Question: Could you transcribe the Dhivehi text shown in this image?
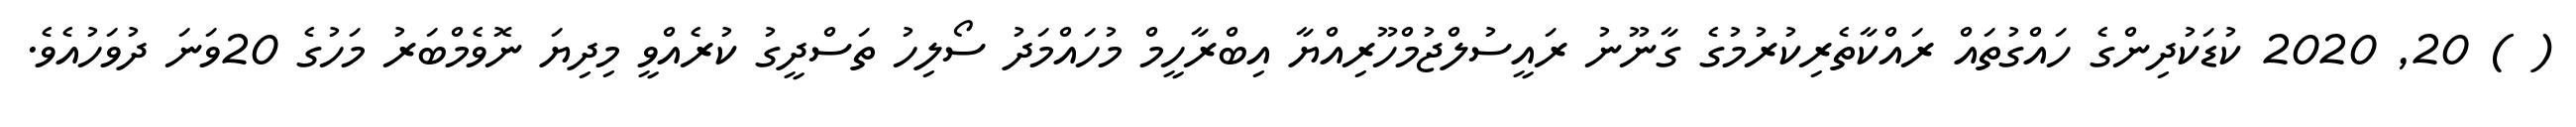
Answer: ( ) 20, 2020 ކުޑަކުދިންގެ ހައްގުތައް ރައްކާތެރިކުރުމުގެ ގާނޫނު ރައީސުލްޖުމްހޫރިއްޔާ އިބްރާހީމް މުހައްމަދު ސޯލިހު ތަސްދީގު ކުރެއްވީ މިދިޔަ ނޮވެމްބަރު މަހުގެ 20ވަނަ ދުވަހުއެވެ.